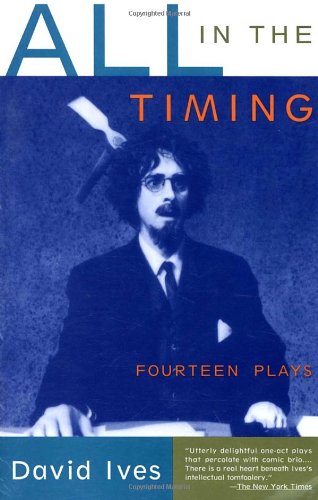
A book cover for All in the Timing: Fourteen Plays; David Ives; Literature & Fiction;